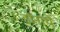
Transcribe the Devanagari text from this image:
डोनाघे